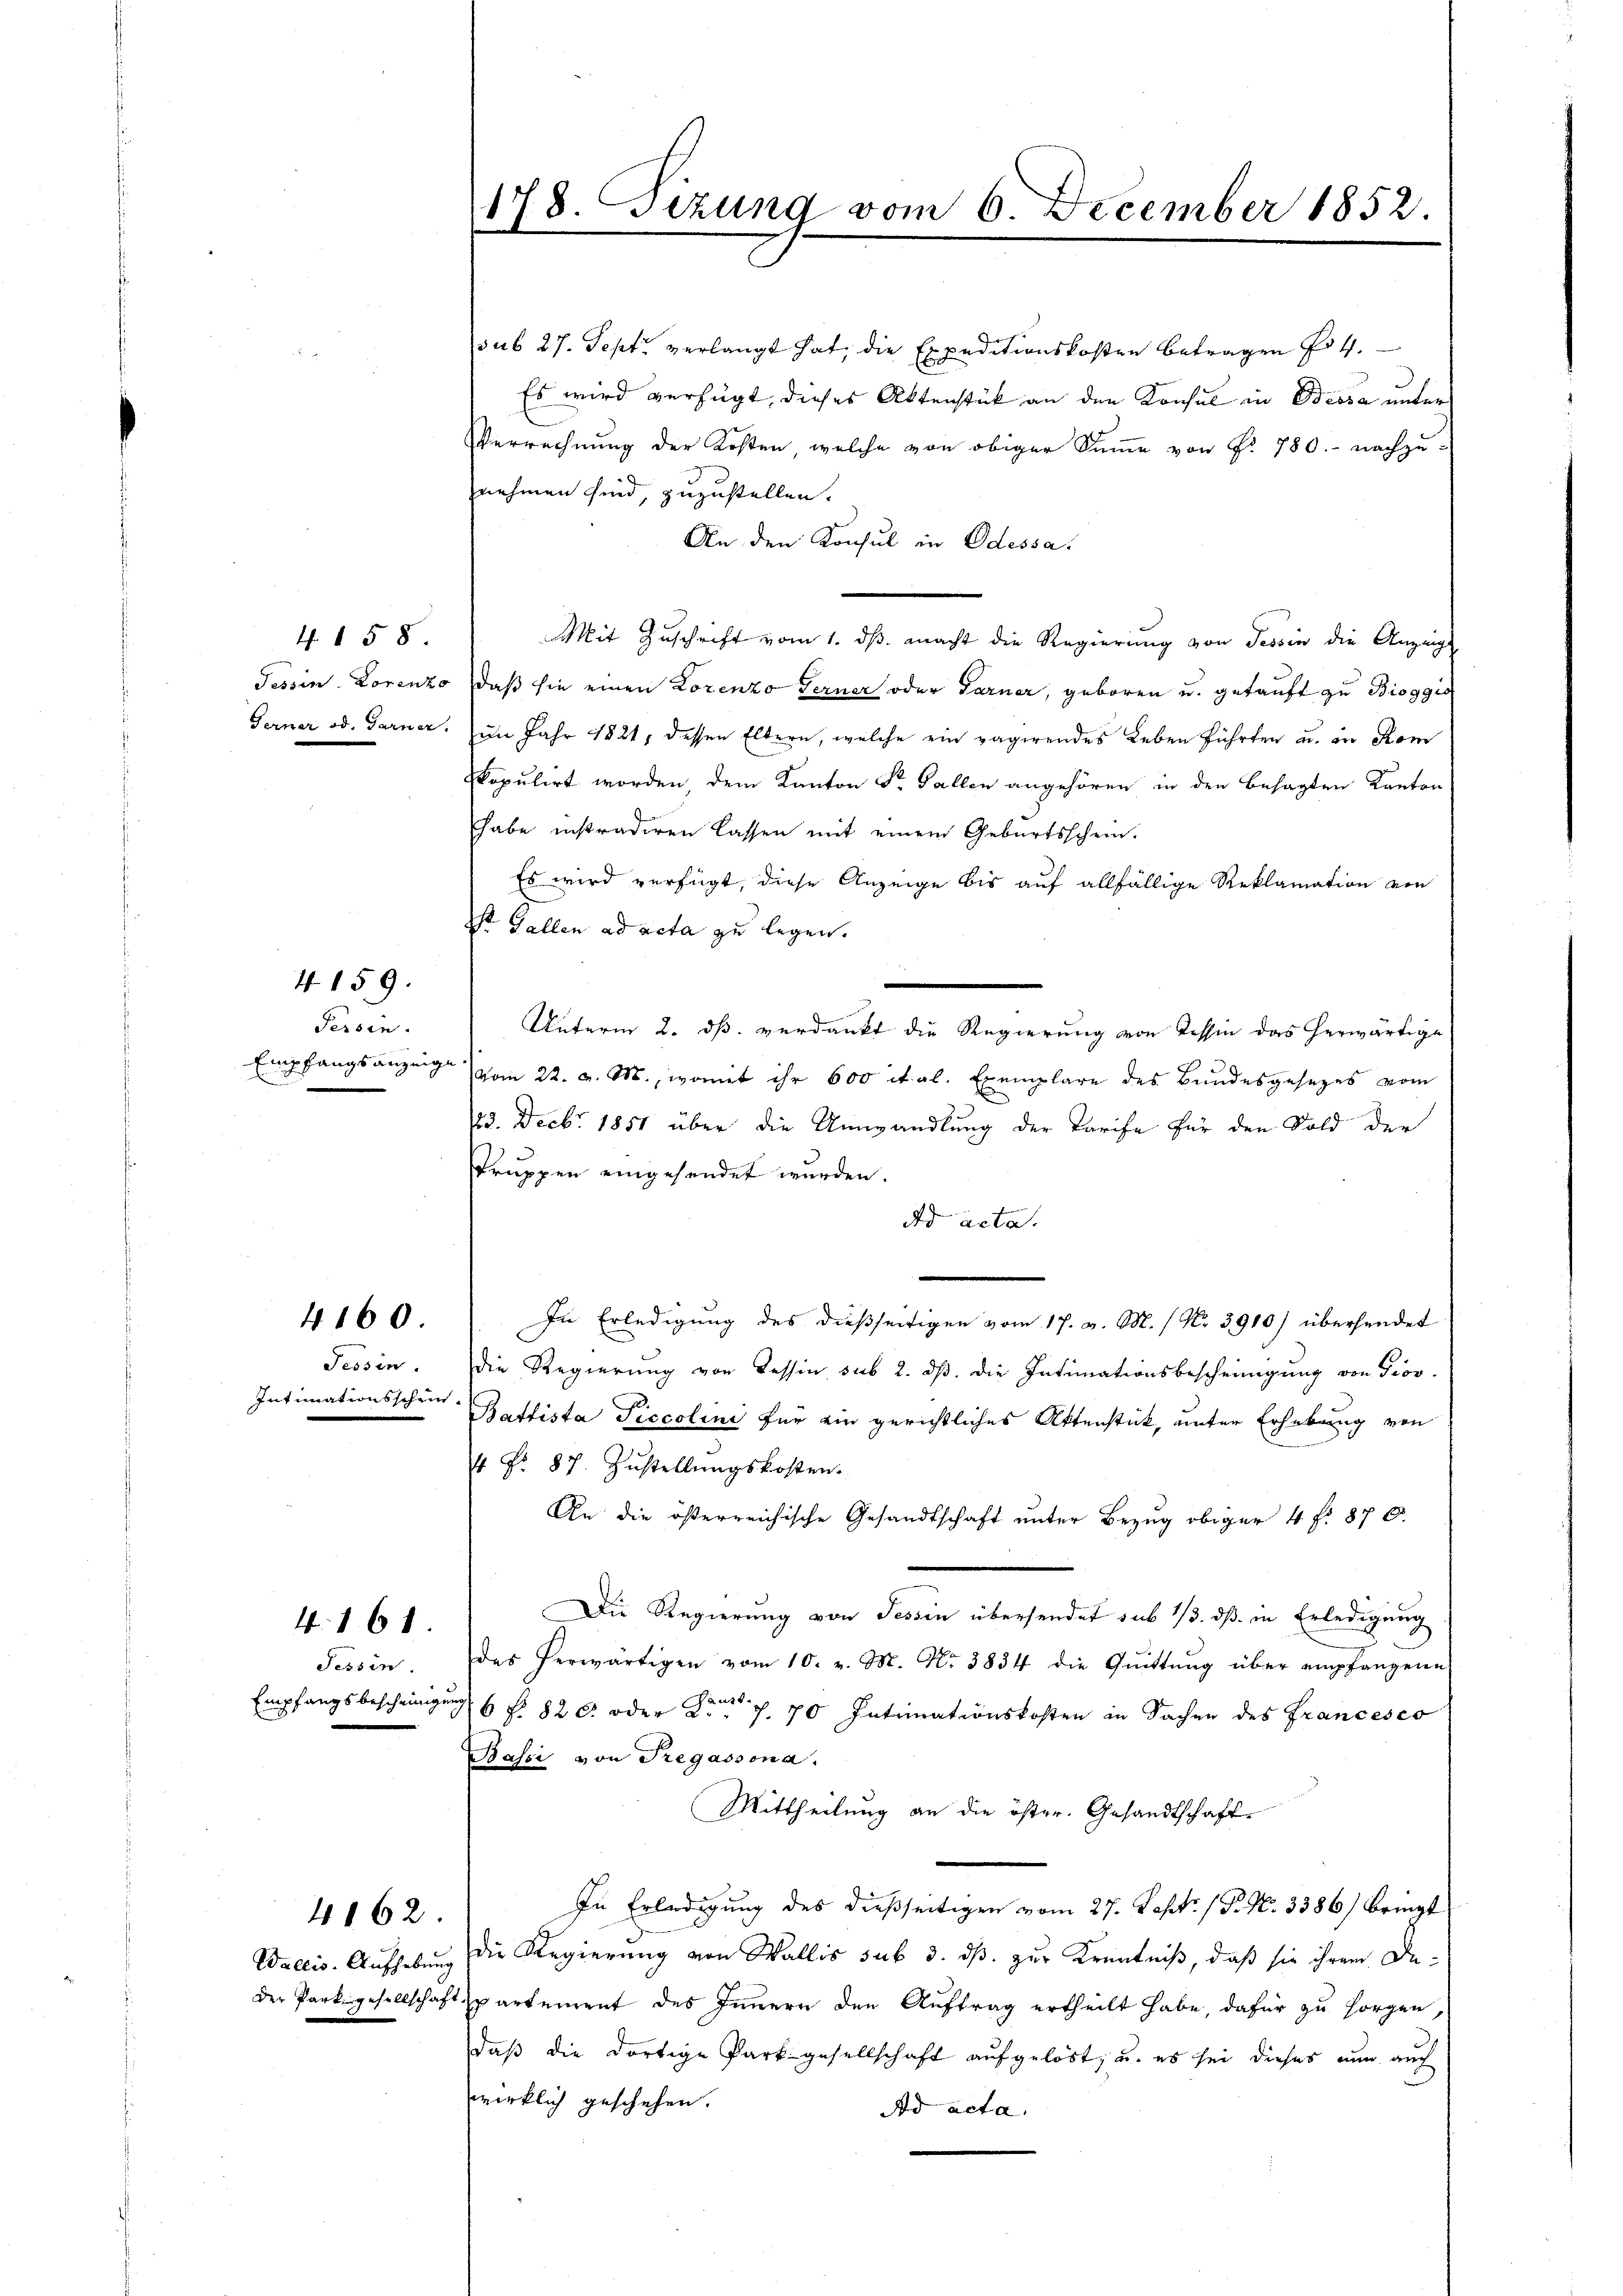
4160.

4. 158.

Persin.
Empfangsanzeige
E

4159.

Tessin.
Intimationsschrit¬

Tessin.
Empfangsbescheinigung

4. 161.

4162.

sub 27. Sept verlangt hat, die Expeditionskosten betragen fr 4.
Es wird verfügt, dieses Aktenstück an den Konsul in Bessa unter
Verrechnung der Kosten, welche von obiger Summe von §. 780. nachzu-
nehmen sind, zuzustellen.
An den Konsul in Odessa.
Mit Zuschrift vom 1. ds. macht die Regierung von Tessin die Anzeig
Tessin. Lorenzo daß sie einen Korenzo Ferner oder Garner, geboren u. getauft zu Bioggio
Ferner od. Garner. im Jahr 1821, dessen Eltern, welche ein vagirendes Leben führten u. in Kom
kopulirt worden dem Kanton Sr. Gallen angehören in den besagten Kanton
habe instradiren lassen mit einem Geburtsschein.
Es wird verfügt, diese Anzeige bis auf allfällige Reklamation von
Dr. Gallen ad acta zu legen.
e
Unterm 2. dß. verdankt die Regierung von Tessin das herwärtige
vom 22. v. M., womit ihr 600 ital. Exemplare des Bundesgesetzes vom
23. Decbr. 1851 über die Umwandlung der Tarife für den Sold der
struppen eingesendet wurden.
dd acta.
In Erledigung des dießseitigen vom 17. v. M. / Nr. 3910) übersendet
die Regierung von Tessin sub 2. dß. die Intimationsbescheinigung von Piov.
Battista Piccolini für ein gerichtliches Aktenstück, unter Erhebung von
4 No. 87. Zustellungskosten.
An die österreichische Gesandtschaft unter Bezug obiger 4 f. 870.
Die Regierung von Tessin übersendet sub 1/3. dß in Erledigung
das herwärtigen vom 10. v. M. Nr. 3834 die Qŭittŭng über empfangene
6 f. 820 oder zu f. 70 Intimationskosten in Sachen des Francesco
Bassi von Pregassona.
Mittheilung an die öster. Gesandtschaft
In Erledigung des dießseitigen vom 27. Sept. 1 P. Nr. 3386) bringt
Wallis. Aufhebung die Regierung von Wallis sub 3. dß. zur Kenntniß, daß sie ihrem Deder Parkgesellschaftspartement des Innern den Auftrag ertheilt habe, dafür zu sorgen,
daß die dortige Park gesellschaft aufgelöst, u. es sei dieses nun auch
wirklich geschehen.
dd acta.

18. Sizung vom 6. December 1852.
17